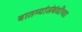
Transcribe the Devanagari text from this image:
बातम्यांसंबंधीच्या